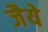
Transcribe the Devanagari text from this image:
जैये